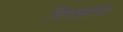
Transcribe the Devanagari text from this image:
निमरूदचा